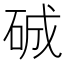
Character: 𥓉